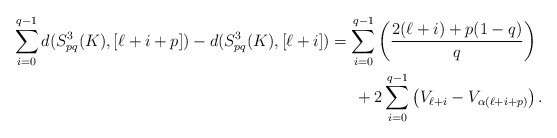
\begin{align*}\sum_{i=0}^{q-1} d(S^3_{pq}(K),[\ell+i+p])-d(S^3_{pq}(K),[\ell+i]) &=\sum_{i=0}^{q-1}\left(\frac{2(\ell+i)+p(1-q)}{q}\right) \\ & \,\,\,\,\,\,\,\,\, +2\sum_{i=0}^{q-1} \left(V_{\ell+i}-V_{\alpha(\ell+i+p)}\right).\end{align*}